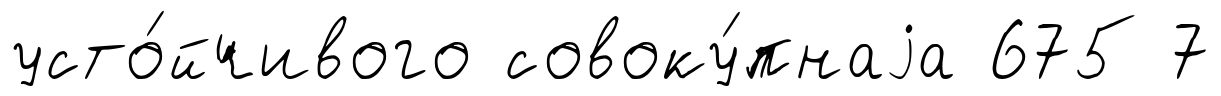
усто́йчивого совоку́пнаjа 675 7